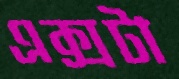
এক্সটা